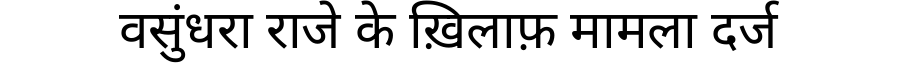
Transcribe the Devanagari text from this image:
वसुंधरा राजे के ख़िलाफ़ मामला दर्ज